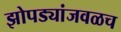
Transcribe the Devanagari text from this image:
झोपड्यांजवळच